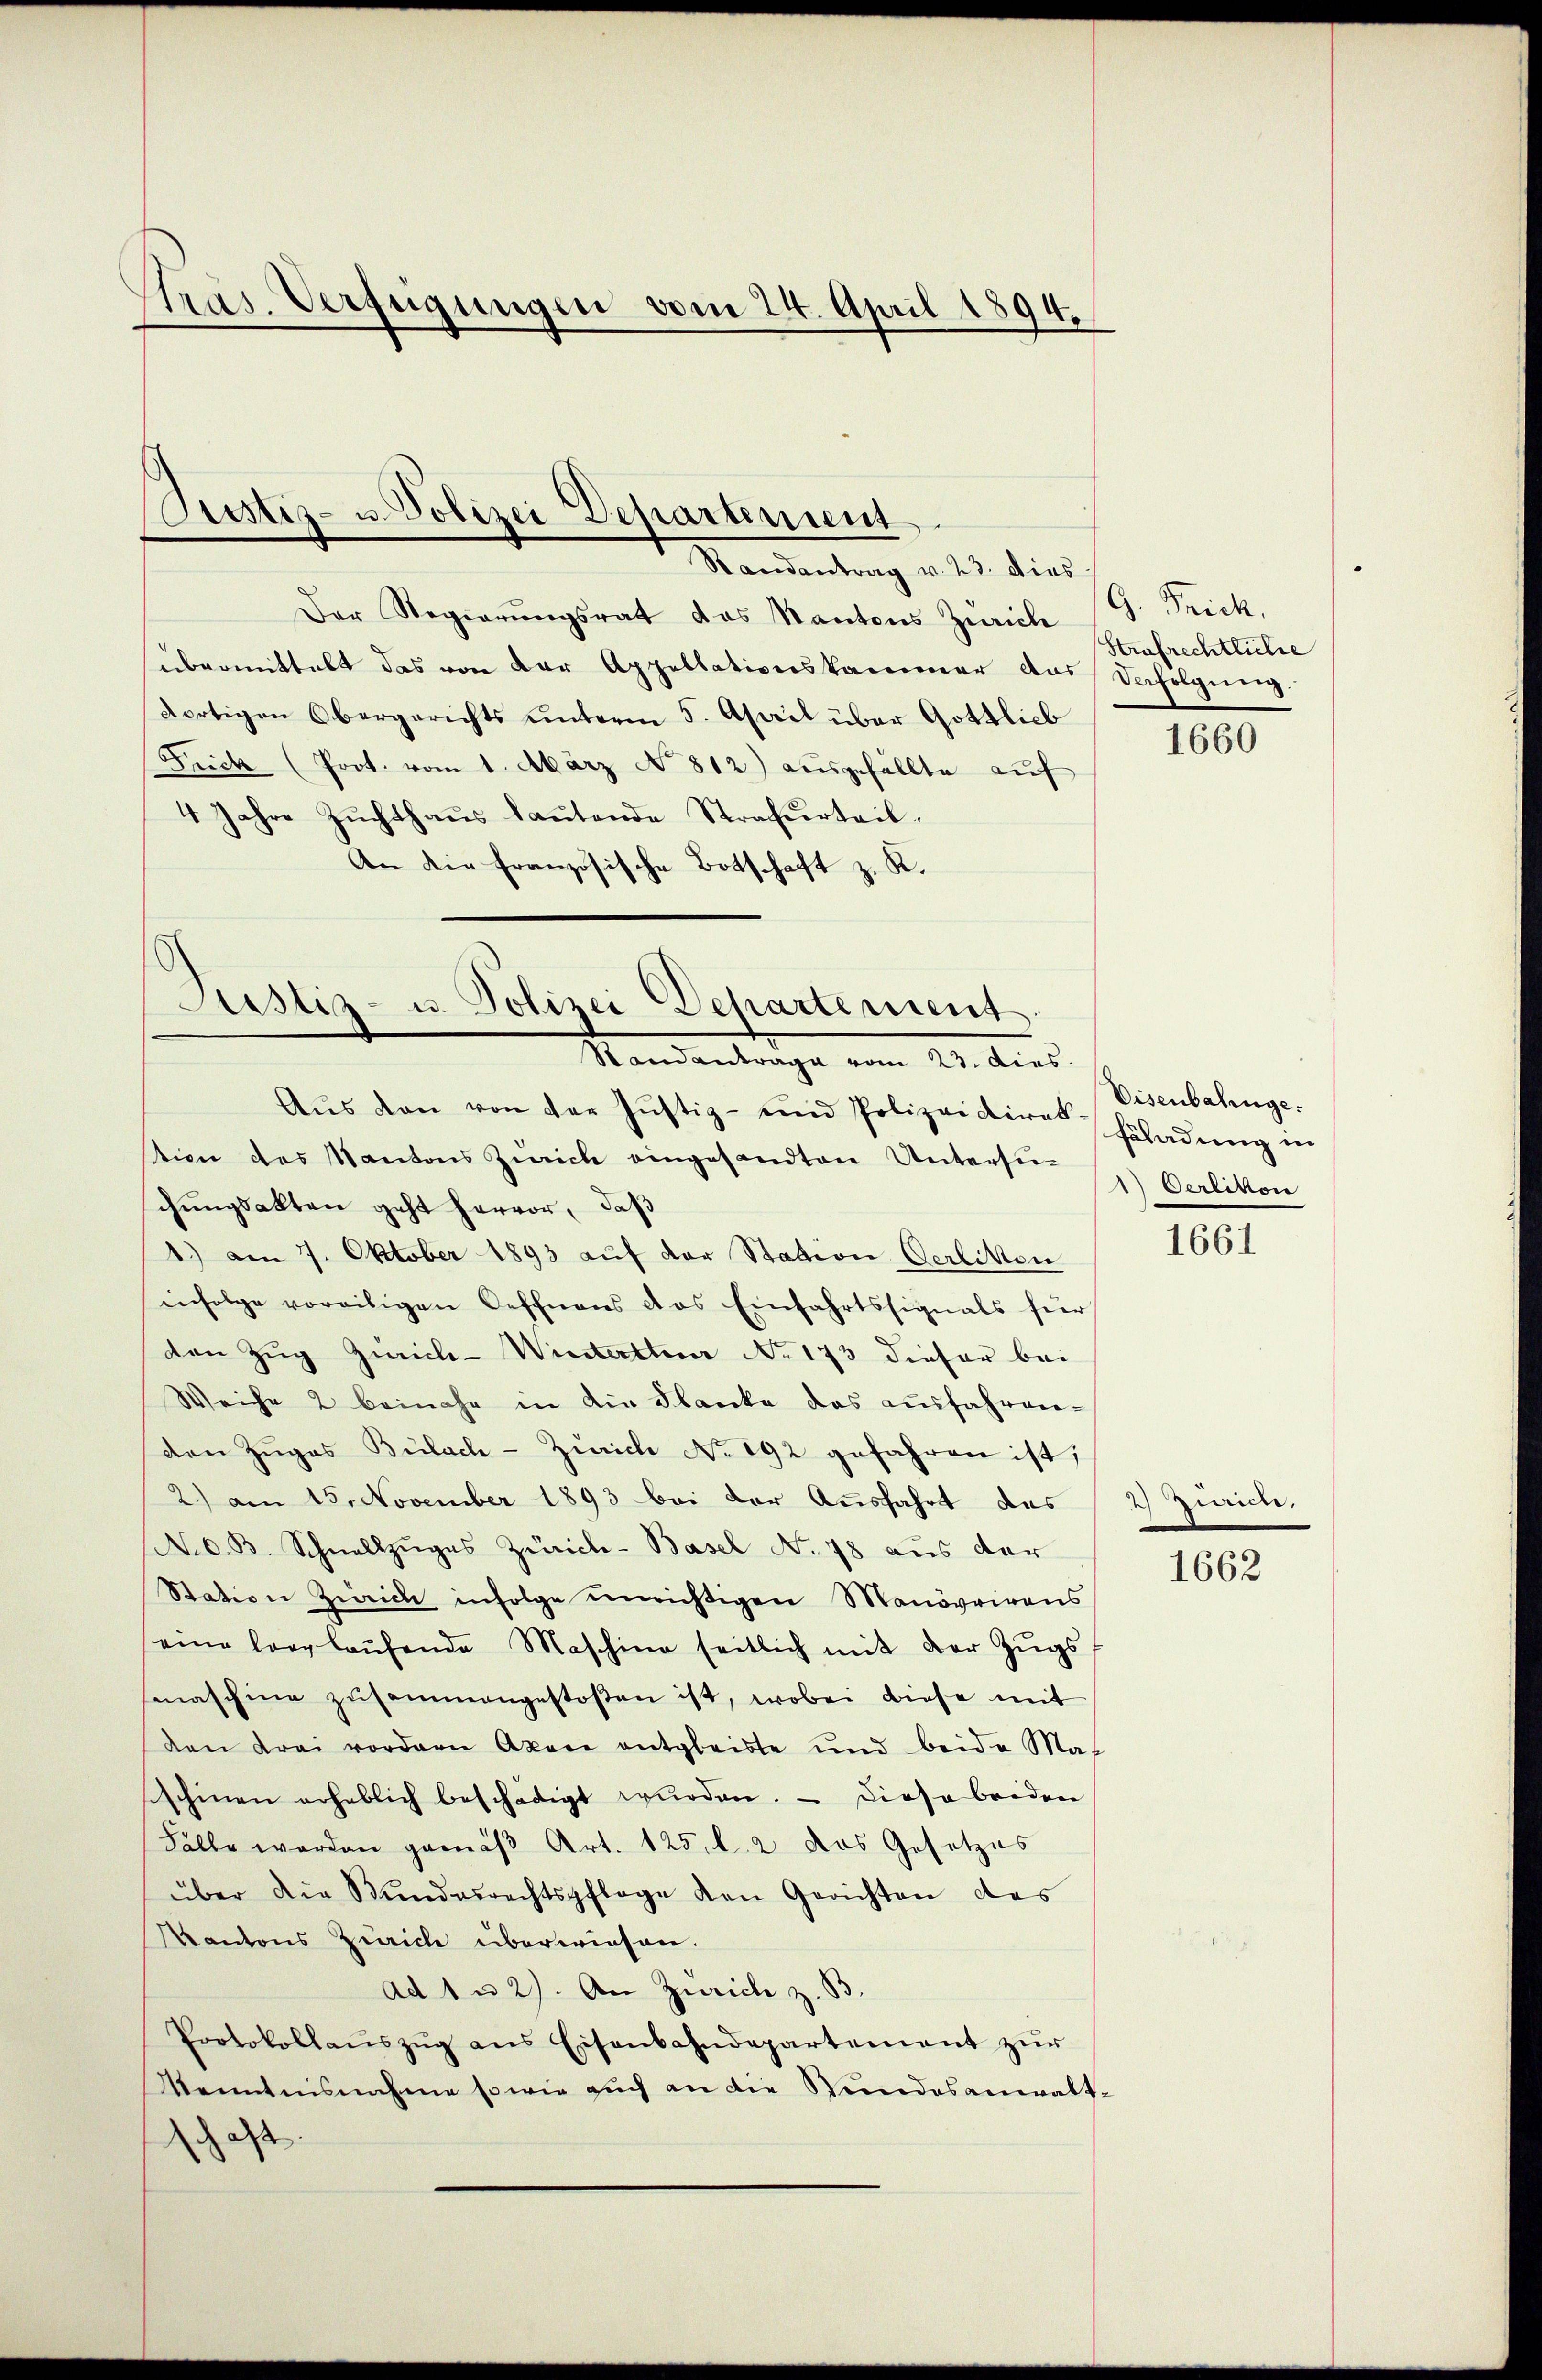
Tras. Verfügungen vom 24. April 1894.

Justiz- u. Polizei Departiment
Standentung v. 23. dies

Der Regierŭngsrat das Kantons Zürich G. Frick,
übermittelt das von der Appellationskammer das Verfolgung.
dortigen Obergerichts unterm 5. April über Gottlieb
Frick (Poot. vom 1. März No. 812.) ausgefällte aŭf
4 Jahre Zuchthaus lautende Strafurteil.
An die französische Botschaft z. R.

Justiz- u. Polizei Departement.
Randantrage vom 23. dies

Aŭs den von der Justiz- und Polizeidires schadŭng in
tion des Kantons Zürich eingesandten Unterste 1) Oerlikon
schungsakten geht hervor, daß
1.) am 7. Oktober 1893 auf der Station Oerlitten
infolge voreiligen Oeffnens das Einfahrtssignals für
den Zug Zürich-Winterthur No. 173 dieser bei
Weiche 2 beinahe in die Flanke das aŭsfahren-
den Zŭgas Bülach - Zürich No. 192 gefahren ist;
2.) am 15. November 1893 bei der Ausfahrt das
(N. O. B. Schnellzŭges Zürich-Basel No 78 aus der
Station Zürich infolge unrichtigen Manövrirens
eine long laŭfende Maschine seitlich mit der Zŭgs-
maschine zusammengestoßen ist, wobei diese mit
den drei vordern Akon entgleiste und beide Maschinen erheblich beschädigt wurden. — Diese beiden
Fälle werden gemäβ Art. 125. l. 2 das Gesetzes
über die Bŭndesrechtspflege den Gerichten des
Kantons Zwicke überwiesen.
ad 1 u 2). An Zürich z. B.
Protokollaŭszŭg ans Eisenbahndepartement zŭr
Kenntnisnahme sowie auch an die Stundesanwaltas |

Strafrechtliche

1660

Eisenbahnge.

1661

2) Zürich,

1662